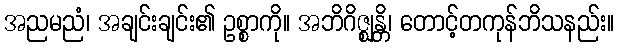
အညမညံ၊ အချင်းချင်း၏ ဥစ္စာကို။ အဘိဂိဇ္ဈန္တိ၊ တောင့်တကုန်ဘိသနည်း။